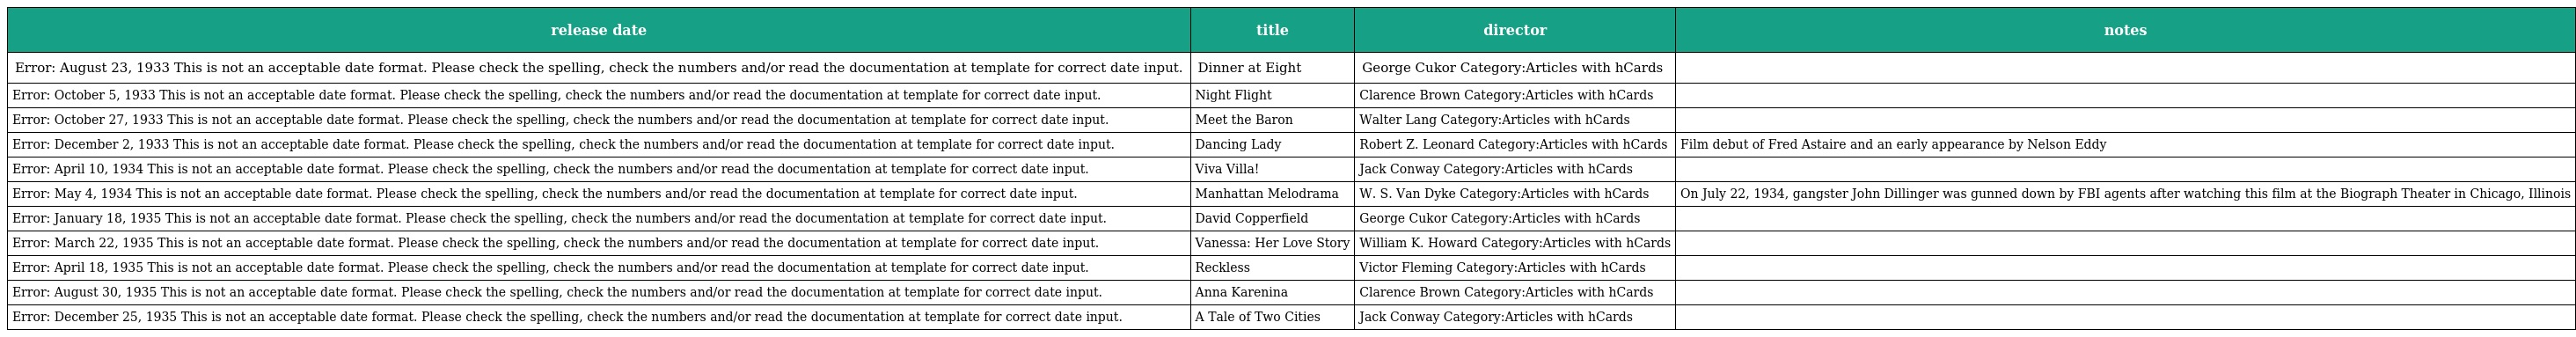
| release date | title | director | notes |
 | --- | --- | --- | --- |
 | Error: August 23, 1933 This is not an acceptable date format. Please check the spelling, check the numbers and/or read the documentation at template for correct date input. | Dinner at Eight | George Cukor Category:Articles with hCards |  |
 | Error: October 5, 1933 This is not an acceptable date format. Please check the spelling, check the numbers and/or read the documentation at template for correct date input. | Night Flight | Clarence Brown Category:Articles with hCards |  |
 | Error: October 27, 1933 This is not an acceptable date format. Please check the spelling, check the numbers and/or read the documentation at template for correct date input. | Meet the Baron | Walter Lang Category:Articles with hCards |  |
 | Error: December 2, 1933 This is not an acceptable date format. Please check the spelling, check the numbers and/or read the documentation at template for correct date input. | Dancing Lady | Robert Z. Leonard Category:Articles with hCards | Film debut of Fred Astaire and an early appearance by Nelson Eddy |
 | Error: April 10, 1934 This is not an acceptable date format. Please check the spelling, check the numbers and/or read the documentation at template for correct date input. | Viva Villa! | Jack Conway Category:Articles with hCards |  |
 | Error: May 4, 1934 This is not an acceptable date format. Please check the spelling, check the numbers and/or read the documentation at template for correct date input. | Manhattan Melodrama | W. S. Van Dyke Category:Articles with hCards | On July 22, 1934, gangster John Dillinger was gunned down by FBI agents after watching this film at the Biograph Theater in Chicago, Illinois |
 | Error: January 18, 1935 This is not an acceptable date format. Please check the spelling, check the numbers and/or read the documentation at template for correct date input. | David Copperfield | George Cukor Category:Articles with hCards |  |
 | Error: March 22, 1935 This is not an acceptable date format. Please check the spelling, check the numbers and/or read the documentation at template for correct date input. | Vanessa: Her Love Story | William K. Howard Category:Articles with hCards |  |
 | Error: April 18, 1935 This is not an acceptable date format. Please check the spelling, check the numbers and/or read the documentation at template for correct date input. | Reckless | Victor Fleming Category:Articles with hCards |  |
 | Error: August 30, 1935 This is not an acceptable date format. Please check the spelling, check the numbers and/or read the documentation at template for correct date input. | Anna Karenina | Clarence Brown Category:Articles with hCards |  |
 | Error: December 25, 1935 This is not an acceptable date format. Please check the spelling, check the numbers and/or read the documentation at template for correct date input. | A Tale of Two Cities | Jack Conway Category:Articles with hCards |  |